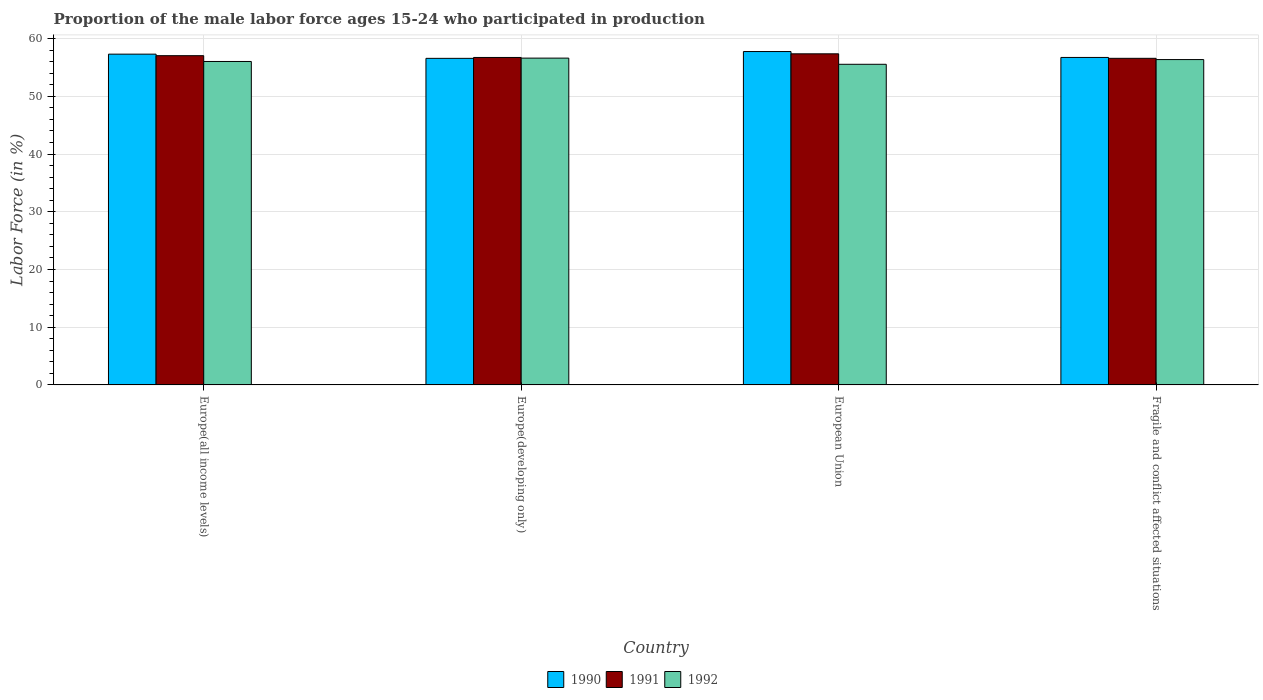
| Country | 1990 | 1991 | 1992 |
 | --- | --- | --- | --- |
 | Europe(all income levels) | 57.3 | 57 | 56 |
 | Europe(developing only) | 56.6 | 56.7 | 56.6 |
 | European Union | 57.8 | 57.4 | 55.6 |
 | Fragile and conflict affected situations | 56.7 | 56.6 | 56.4 |